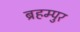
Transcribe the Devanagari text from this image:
ब्रहम्पुर